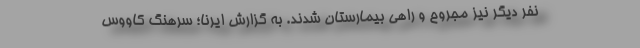
نفر دیگر نیز مجروح و راهی بیمارستان شدند. به گزارش ایرنا؛ سرهنگ کاووس